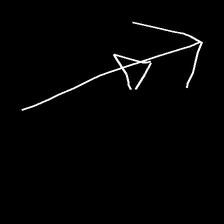
Glyph: pull